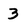
Character: 3